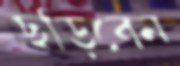
ছড়িবেন